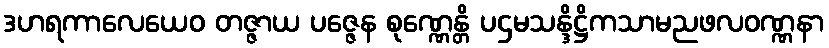
ဒဟရကာလေယေဝ တဇ္ဇာယ ပဇ္ဇေန စုဏ္ဏေန္တိ ပဌမသန္ဒိဋ္ဌိကသာမညဖလဝဏ္ဏနာ